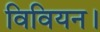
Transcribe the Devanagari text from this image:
विवियन।